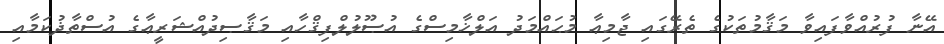
އޭނާ ފުރުއްވާފައިވާ މަޤާމުތަކުގެ ތެރޭގައި ޖާމިޢާ މުޙައްމަދު އަލްޚާމިސްގެ އުޞޫލުލްފިޤްހާއި މަޤާޞިދުއްޝަރީޢާގެ އުސްތާޛުކަމާއި